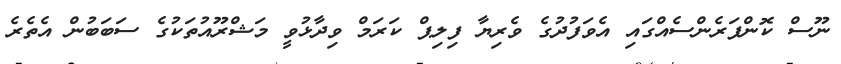
ނޫސް ކޮންފަރެންސެއްގައި އެވަފުދުގެ ވެރިޔާ ފިލިޕް ކަރަމް ވިިދާޅުވީ މަޝްރޫއުތަކުގެ ސަބަބުން އެތެރެ